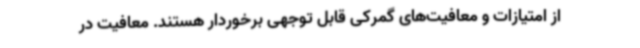
از امتیازات و معافیت‌های گمرکی قابل توجهی برخوردار هستند. معافیت در